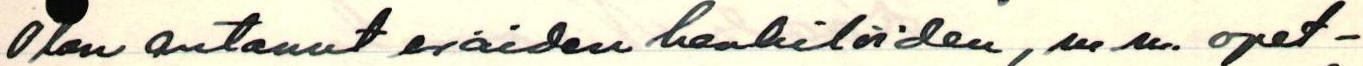
Olen antanut eräiden henkilöiden, mm. opet-